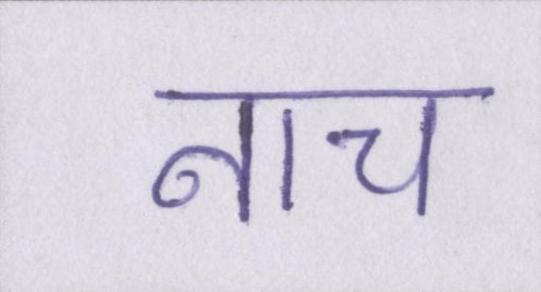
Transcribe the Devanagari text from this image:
नाच